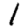
Digit: 1